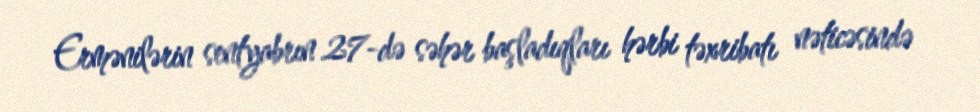
Ermənilərin sentyabrın 27-də səhər başladıqları hərbi təxribatı nəticəsində